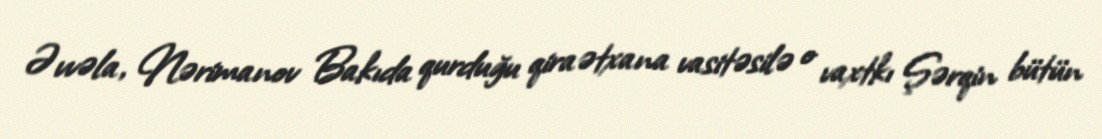
Əvvəla, Nərimanov Bakıda qurduğu qiraətxana vasitəsilə o vaxtkı Şərqin bütün